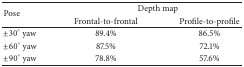
<table><thead><tr><td rowspan="2"><b>Pose</b></td><td colspan="2"><b>Depth map</b></td></tr><tr><td><b>Frontal-to-frontal</b></td><td><b>Profile-to-profile</b></td></tr></thead><tbody><tr><td>±30° yaw</td><td>89.4%</td><td>86.5%</td></tr><tr><td>±60° yaw</td><td>87.5%</td><td>72.1%</td></tr><tr><td>±90° yaw</td><td>78.8%</td><td>57.6%</td></tr></tbody></table>